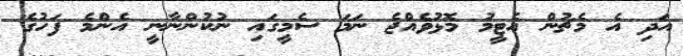
އަދި އެ މެޗުން އެޓީމު މޮޅުވެއްޖެ ނަމަ ސެމީގައި ނުކުންނާނީ އެންމެ ފަހުގެ